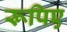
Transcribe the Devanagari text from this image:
रूपिए